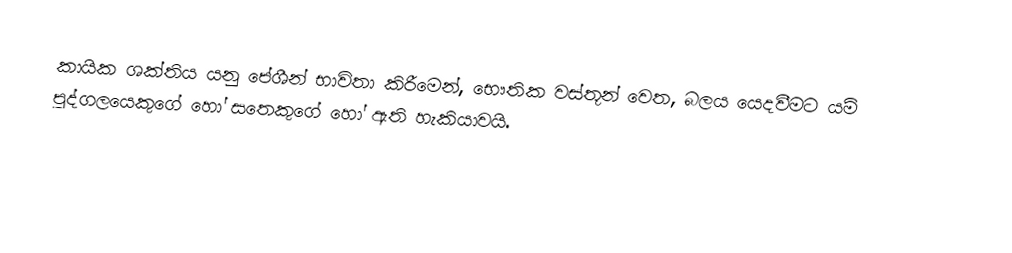
කායික ශක්තිය යනු  පේශීන් භාවිතා කිරීමෙන්,  භෞතික වස්තූන් වෙත, බලය යෙදවීමට යම් පුද්ගලයෙකුගේ හෝ සතෙකුගේ හෝ ඇති හැකියාවයි.